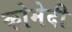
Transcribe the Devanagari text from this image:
कोमेदी